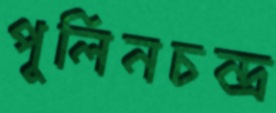
পুলিনচন্দ্র